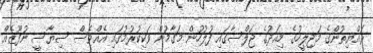
ރައްޔިތުންގެ މަޖިލީހުގެ މިއަދުގެ ޖަލްސާގައި ފުލުހުން މަގާމުން ވަކިކުރުމުގައި އެއްވެސް ސިޔާސީ ނުފޫޒެއް